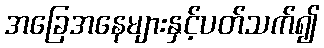
အခြေအနေများနှင့်ပတ်သက်၍